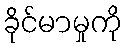
ခိုင်မာမှုကို